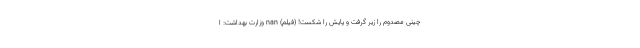
چینی مصدوم را زیر گرفت و پایش را شکست! (فیلم) nan وزارت بهداشت: ا